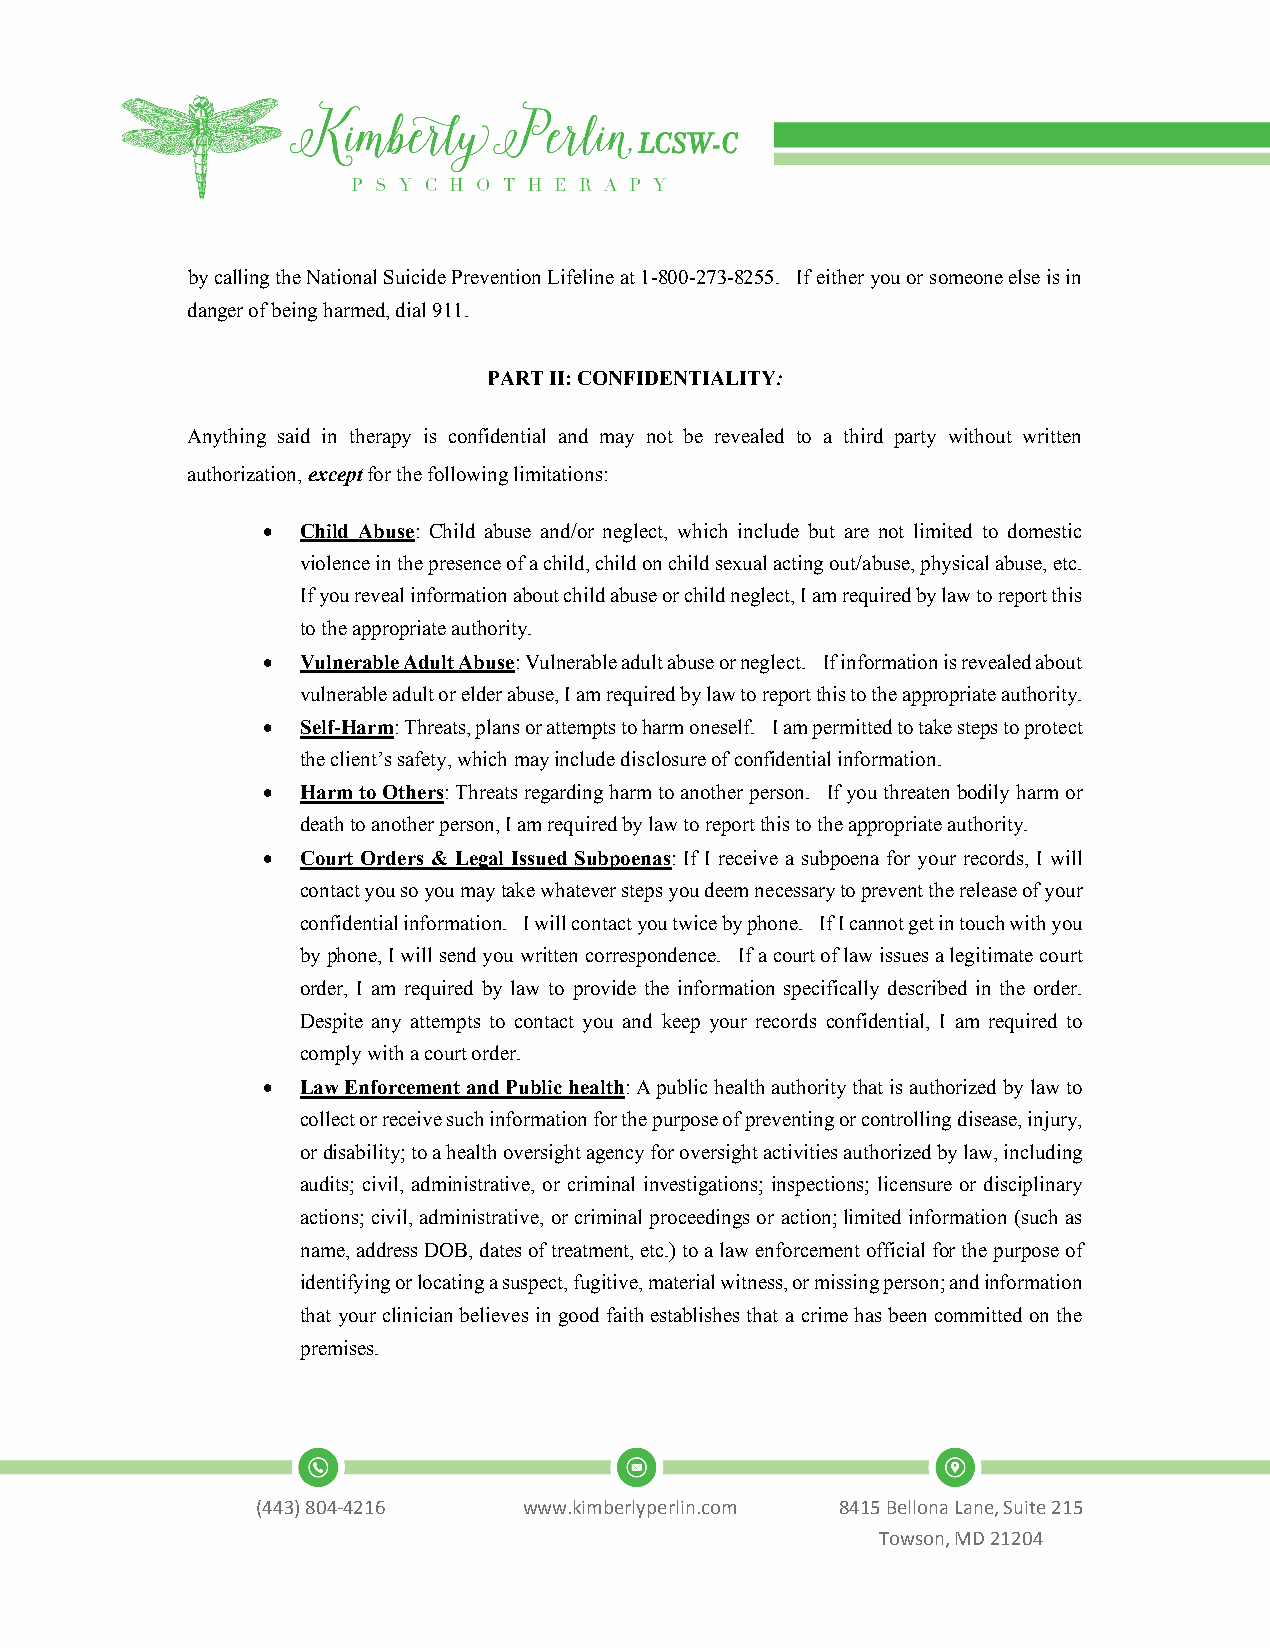
by calling the National Suicide Prevention Lifeline at 1-800-273-8255. If either you or someone else is in
 danger of being harmed, dial 911.
 PART II: CONFIDENTIALITY:
 Anything said in therapy is confidential and may not be revealed to a third party without written
 authorization, except for the following limitations:
 •  Child Abuse: Child abuse and/or neglect, which include but are not limited to domestic
 violence in the presence of a child, child on child sexual acting out/abuse, physical abuse, etc.
 If you reveal information about child abuse or child neglect, I am required by law to report this
 to the appropriate authority.
 •  Vulnerable Adult Abuse: Vulnerable adult abuse or neglect. If information is revealed about
 vulnerable adult or elder abuse, I am required by law to report this to the appropriate authority.
 •  Self-Harm: Threats, plans or attempts to harm oneself. I am permitted to take steps to protect
 the client’s safety, which may include disclosure of confidential information.
 •  Harm to Others: Threats regarding harm to another person. If you threaten bodily harm or
 death to another person, I am required by law to report this to the appropriate authority.
 •  Court Orders & Legal Issued Subpoenas: If I receive a subpoena for your records, I will
 contact you so you may take whatever steps you deem necessary to prevent the release of your
 confidential information. I will contact you twice by phone. If I cannot get in touch with you
 by phone, I will send you written correspondence. If a court of law issues a legitimate court
 order, I am required by law to provide the information specifically described in the order.
 Despite any attempts to contact you and keep your records confidential, I am required to
 comply with a court order.
 •  Law Enforcement and Public health: A public health authority that is authorized by law to
 collect or receive such information for the purpose of preventing or controlling disease, injury,
 or disability; to a health oversight agency for oversight activities authorized by law, including
 audits; civil, administrative, or criminal investigations; inspections; licensure or disciplinary
 actions; civil, administrative, or criminal proceedings or action; limited information (such as
 name, address DOB, dates of treatment, etc.) to a law enforcement official for the purpose of
 identifying or locating a suspect, fugitive, material witness, or missing person; and information
 that your clinician believes in good faith establishes that a crime has been committed on the
 premises.
 (443)804-4216     www.kimberlyperlin.com 8415 Bellona Lane, Suite 215
 Towson, MD 21204